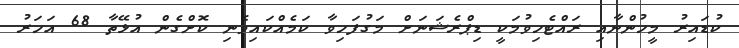
ކުޑައިރު މީހުންނާއި ރައްޓެހިވުމަކީ ޑިޕްރެޝަނަށް މަގުފަހިވާ ކަމެއްކައިވެނި ކޮށްގެން އުޅޭތާ 68 އަހަރު